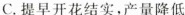
C.提早开花结实，产量降低